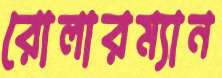
রোলারম্যান